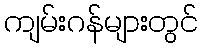
ကျမ်းဂန်များတွင်